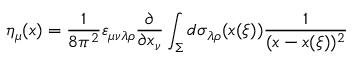
\eta _ { \mu } ( x ) = \frac { 1 } { 8 \pi ^ { 2 } } \varepsilon _ { \mu \nu \lambda \rho } \frac { \partial } { \partial x _ { \nu } } \int _ { \Sigma } ^ { } d \sigma _ { \lambda \rho } ( x ( \xi ) ) \frac { 1 } { ( x - x ( \xi ) ) ^ { 2 } }